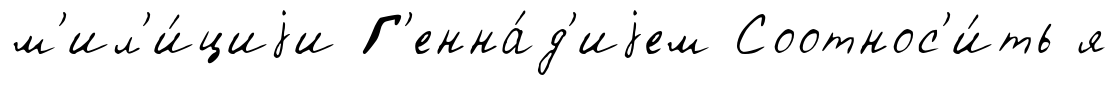
м'ил'и́циjи Г'енна́д'иjем Соотнос'и́ть я